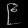
Digit: ၉